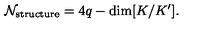
{ \cal N } _ { \mathrm { s t r u c t u r e } } = 4 q - \mathrm { d i m } [ K / K ^ { \prime } ] .